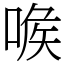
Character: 㗋